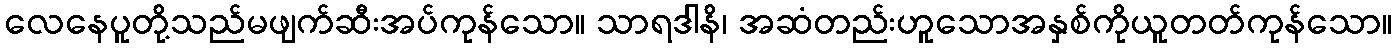
လေနေပူတို့သည်မဖျက်ဆီးအပ်ကုန်သော။ သာရဒါနိ၊ အဆံတည်းဟူသောအနှစ်ကိုယူတတ်ကုန်သော။